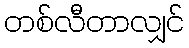
တစ်လီတာလျှင်